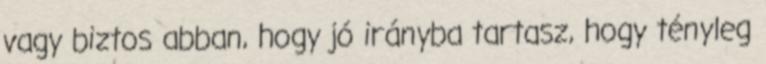
vagy biztos abban, hogy jó irányba tartasz, hogy tényleg